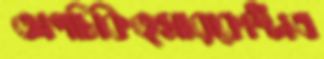
অপচিকিত্সারকোস্টাএ